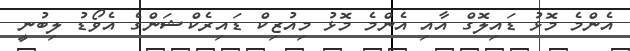
އެންމެ މޮޅު ޑައިލޮގް އާއި އެންމެ މޮޅު މިއުޒިކް ޑައިރެކްޝަންގެ އެވޯޑު ލިބުނީ